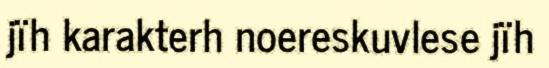
jïh karakterh noereskuvlese jïh